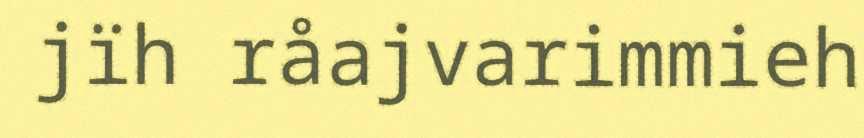
jïh råajvarimmieh